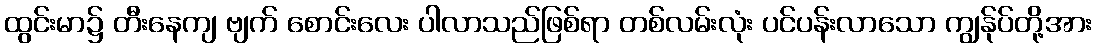
ထွင်းမာ၌ တီးနေကျ ဗျက် စောင်းလေး ပါလာသည်ဖြစ်ရာ တစ်လမ်းလုံး ပင်ပန်းလာသော ကျွန်ုပ်တို့အား